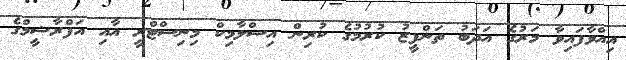
އިއްވާފައިވާ މަރުގެ އަދަބު ތަންފީޒު ކުރުމުގެ ކުރިން އިސްލާމިކް މިނިސްޓްރީ އާއި އަފްރާޝީމްގެ